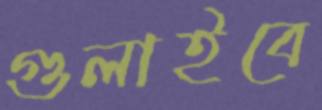
গুলাইবে